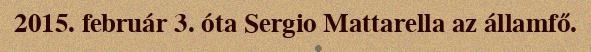
2015. február 3. óta Sergio Mattarella az államfő.